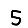
Digit: 5